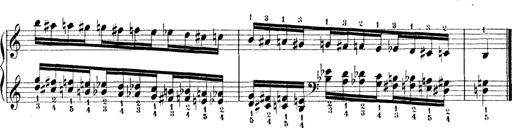
Title: Technische Studien
Composer: Franz Liszt